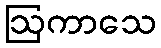
ဩကာသေ